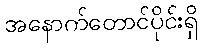
အနောက်တောင်ပိုင်းရှိ